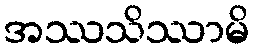
အဿသိဿာမိ